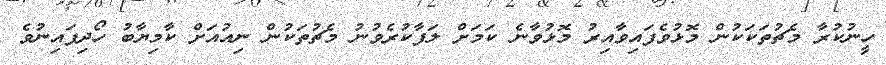
ހީނުކުރާ މެޗުތަކަކުން މޮޅުވެފައިވާއިރު މޮޅުވާނެ ކަމަށް ލަފާކުރެވުނު މެޗުތަކުން ނިއުއަށް ކާމިޔާބު ހޯދިފައިނުވެ